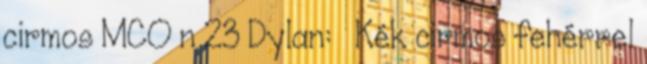
cirmos MCO n 23 Dylan: ♂ Kék cirmos fehérrel